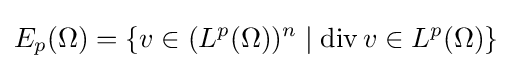
E_{p}(\Omega )=\{v\in (L^{p}(\Omega ))^{n}\mid \operatorname {div} v\in L^{p}(\Omega )\}